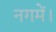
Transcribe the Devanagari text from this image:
नगमें।